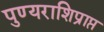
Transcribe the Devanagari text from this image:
पुण्यराशिप्राप्त